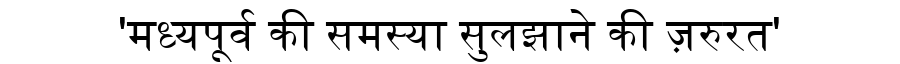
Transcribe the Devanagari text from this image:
'मध्यपूर्व की समस्या सुलझाने की ज़रुरत'